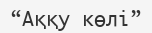
“Аққу көлі”